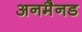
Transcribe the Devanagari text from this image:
अनमैनड